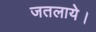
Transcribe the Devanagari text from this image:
जतलाये।